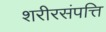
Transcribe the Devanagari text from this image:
शरीरसंपत्ति